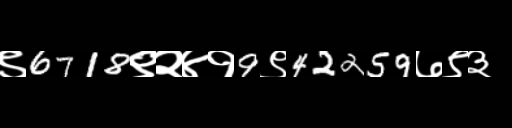
Text: ९6718९२४१9९42259७९३